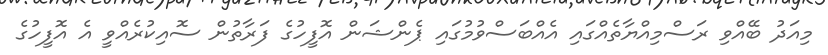
މިއަދު ބޭއްވި ރަސްމިއްޔާތެއްގައި އެއްބަސްވުމުގައި ޕެންޝަން އޮފީހުގެ ފަރާތުން ސޮއިކުރެއްވީ އެ އޮފީހުގެ